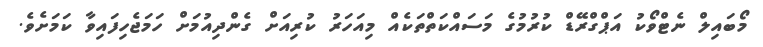
މޯބައިލް ނެޓްވޯކު އަޕްގްރޭޑް ކުރުމުގެ މަސައްކަތްތަކެއް މިއަހަރު ކުރިއަށް ގެންދިއުމަށް ހަމަޖެހިފައިވާ ކަމަށެވެ.